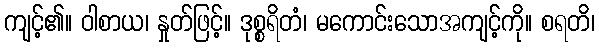
ကျင့်၏။ ဝါစာယ၊ နှုတ်ဖြင့်။ ဒုစ္စရိတံ၊ မကောင်းသောအကျင့်ကို။ စရတိ၊